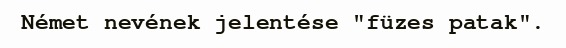
Német nevének jelentése "füzes patak".